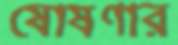
ষোষণার